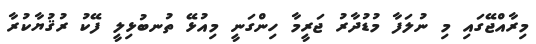
މިރާއްޖޭގައި މި ނުލަފާ މުޑުދާރު ޖަރީމާ ހިންގަނީ މިއުޅޭ ތުނބުޅިލީ ފޭކު ރުޤުޔާކުރާ